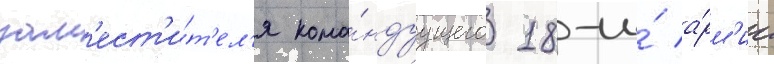
зам'ест'и́т'ел'я кома́ндуущего 18-и́ а́рм'ии